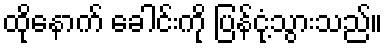
ထိုနောက် ခေါင်းကို ပြန်ငုံ့သွားသည်။